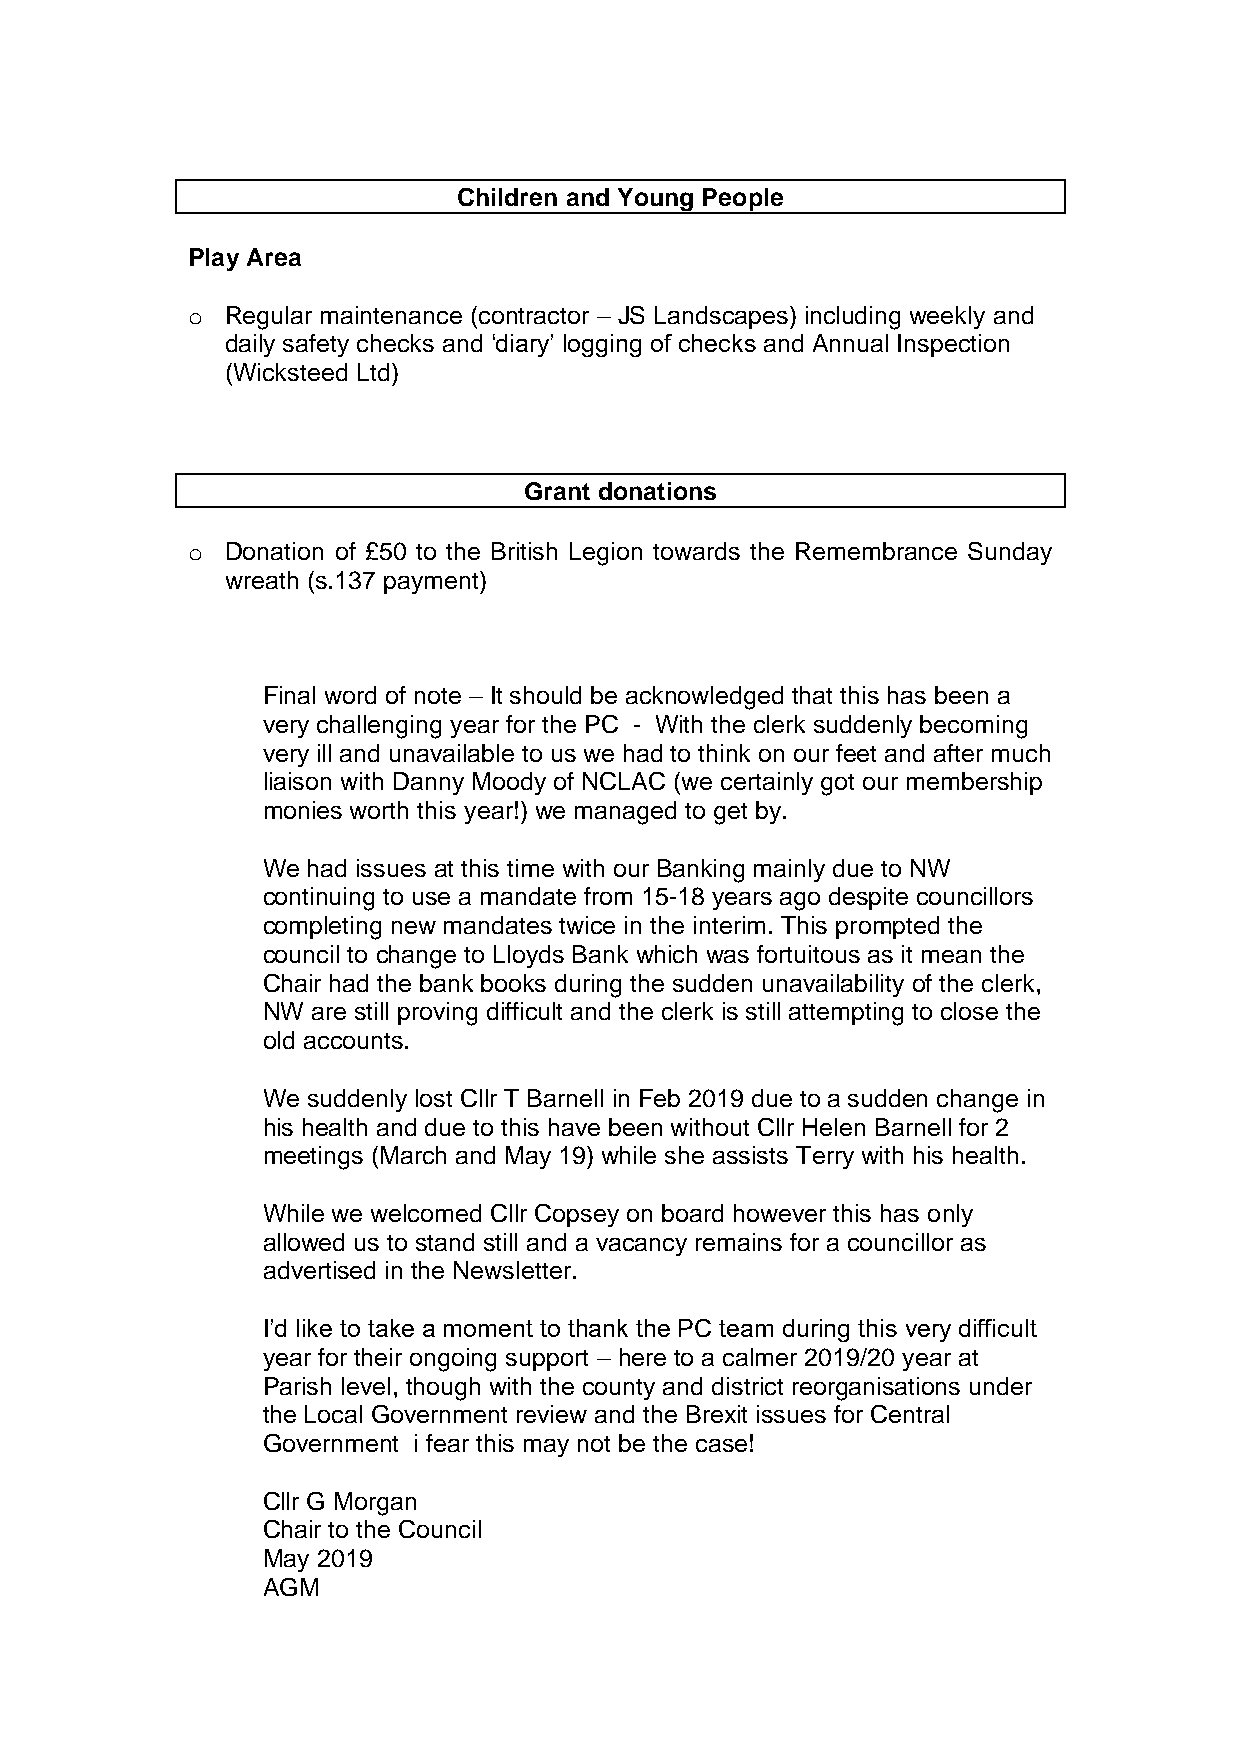
Children and Young People
 Play Area
 o  Regular maintenance (contractor – JS Landscapes) including weekly and
 daily safety checks and ‘diary’ logging of checks and Annual Inspection
 (Wicksteed Ltd)
 Grant donations
 o  Donation of £50 to the British Legion towards the Remembrance Sunday
 wreath (s.137 payment)
 Final word of note – It should be acknowledged that this has been a
 very challenging year for the PC - With the clerk suddenly becoming
 very ill and unavailable to us we had to think on our feet and after much
 liaison with Danny Moody of NCLAC (we certainly got our membership
 monies worth this year!) we managed to get by.
 We had issues at this time with our Banking mainly due to NW
 continuing to use a mandate from 15-18 years ago despite councillors
 completing new mandates twice in the interim. This prompted the
 council to change to Lloyds Bank which was fortuitous as it mean the
 Chair had the bank books during the sudden unavailability of the clerk,
 NW  are still proving difficult and the clerk is still attempting to close the
 old accounts.
 We suddenly lost Cllr T Barnell in Feb 2019 due to a sudden change in
 his health and due to this have been without Cllr Helen Barnell for 2
 meetings (March and May 19) while she assists Terry with his health.
 While we welcomed Cllr Copsey on board however this has only
 allowed us to stand still and a vacancy remains for a councillor as
 advertised in the Newsletter.
 I’d like to take a moment to thank the PC team during this very difficult
 year for their ongoing support – here to a calmer 2019/20 year at
 Parish level, though with the county and district reorganisations under
 the Local Government review and the Brexit issues for Central
 Government i fear this may not be the case!
 Cllr G Morgan
 Chair to the Council
 May 2019
 AGM